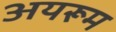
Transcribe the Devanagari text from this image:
अयरूम